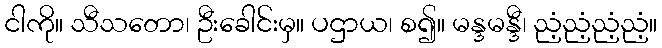
ငါကို။ သီသတော၊ ဦးခေါင်းမှ။ ပဌာယ၊ စ၍။ မန္ဒမန္ဒီ၊ ညံ့ညံ့ညံ့ညံ့။